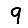
Digit: 9